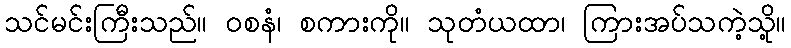
သင်မင်းကြီးသည်။ ဝစနံ၊ စကားကို။ သုတံယထာ၊ ကြားအပ်သကဲ့သို့။